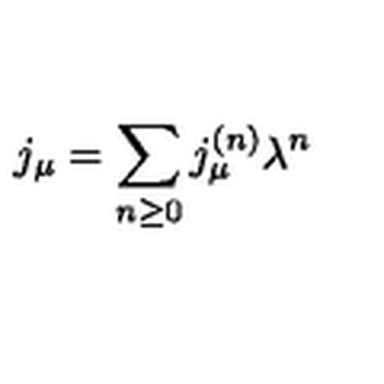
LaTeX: j _ { \mu } = \sum _ { n \ge 0 } j _ { \mu } ^ { ( n ) } \lambda ^ { n }